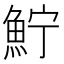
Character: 𩶂